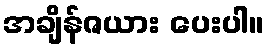
အချိန်ဇယား ပေးပါ။